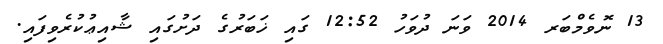
13 ނޮވެމްބަރ 2014 ވަނަ ދުވަހު 12:52 ގައި ޚަބަރުގެ ދަށުގައި ޝާއިޢުކުރެވިފައި.